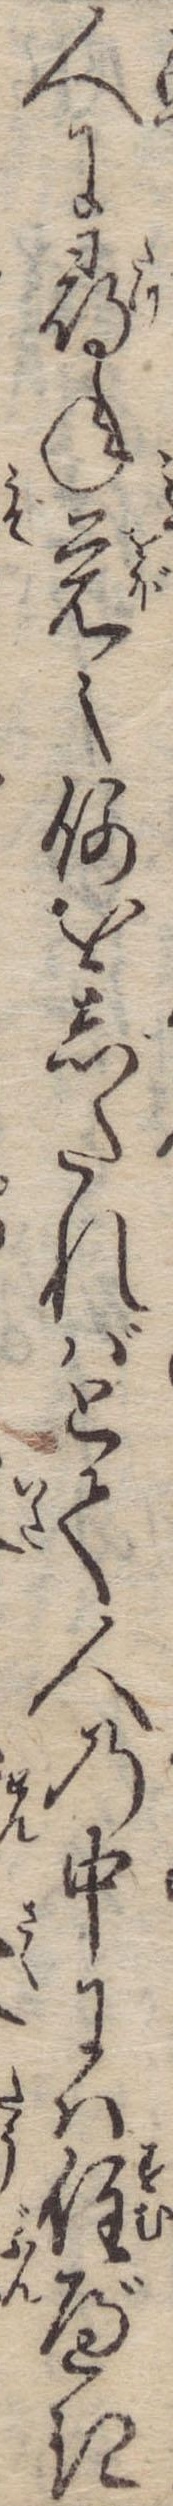
人に尋ね覚え何をしたればとて人の中には住べき